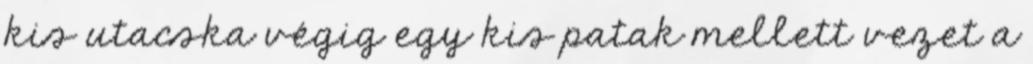
kis utacska végig egy kis patak mellett vezet a